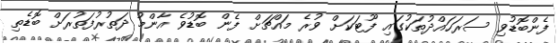
ފެންބޮޑުވި ސަރަހައްދުތަކުގައި ފޫޓަކަށް ވުރެ މައްޗަށް ފެން ބޮޑުވެ އާންމު ދަތުރުފަތުރަށް ބޮޑެތި